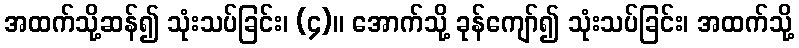
အထက်သို့ဆန်၍ သုံးသပ်ခြင်း၊ (၄)။ အောက်သို့ ခုန်ကျော်၍ သုံးသပ်ခြင်း၊ အထက်သို့